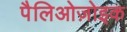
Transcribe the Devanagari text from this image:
पैलिओज़ोइक